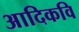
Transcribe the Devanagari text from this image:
अादिकवि